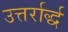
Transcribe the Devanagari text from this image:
उत्तर्रार्द्ध